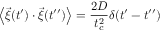
\left\langle \vec { \xi } ( t ^ { \prime } ) \cdot \vec { \xi } ( t ^ { \prime \prime } ) \right\rangle = \frac { 2 D } { t _ { c } ^ { 2 } } \delta ( t ^ { \prime } - t ^ { \prime \prime } )